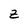
Character: z